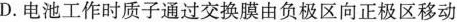
D. 电池工作时质子通过交换膜由负极区向正极区移动